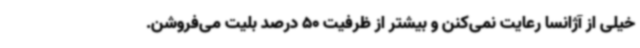
خیلی از آژانسا رعایت نمی‌کنن و بیشتر از ظرفیت 50 درصد بلیت می‌فروشن.